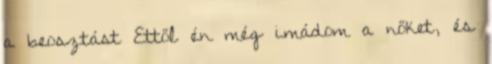
a beosztást Ettől én még imádom a nőket, és